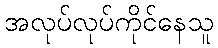
အလုပ်လုပ်ကိုင်နေသူ